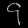
Digit: ၄